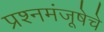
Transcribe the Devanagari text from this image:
प्रश्नमंजूषेचे